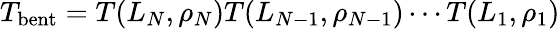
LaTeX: T_{\mathrm{bent}}=T(L_{N},\rho_{N})T(L_{N-1},\rho_{N-1})\cdots T(L_{1},\rho_{1})